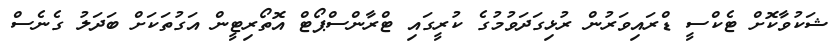
ޝަކުވާކޮށް ޓެކްސީ ޑްރައިވަރުން ރުޅިގަދަވުމުގެ ކުރީގައި ޓްރާންސްޕޯޓް އޮތޯރިޓީން އަގުތަކަށް ބަދަލު ގެނެސް